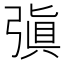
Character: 㣀